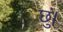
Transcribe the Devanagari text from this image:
छुं।